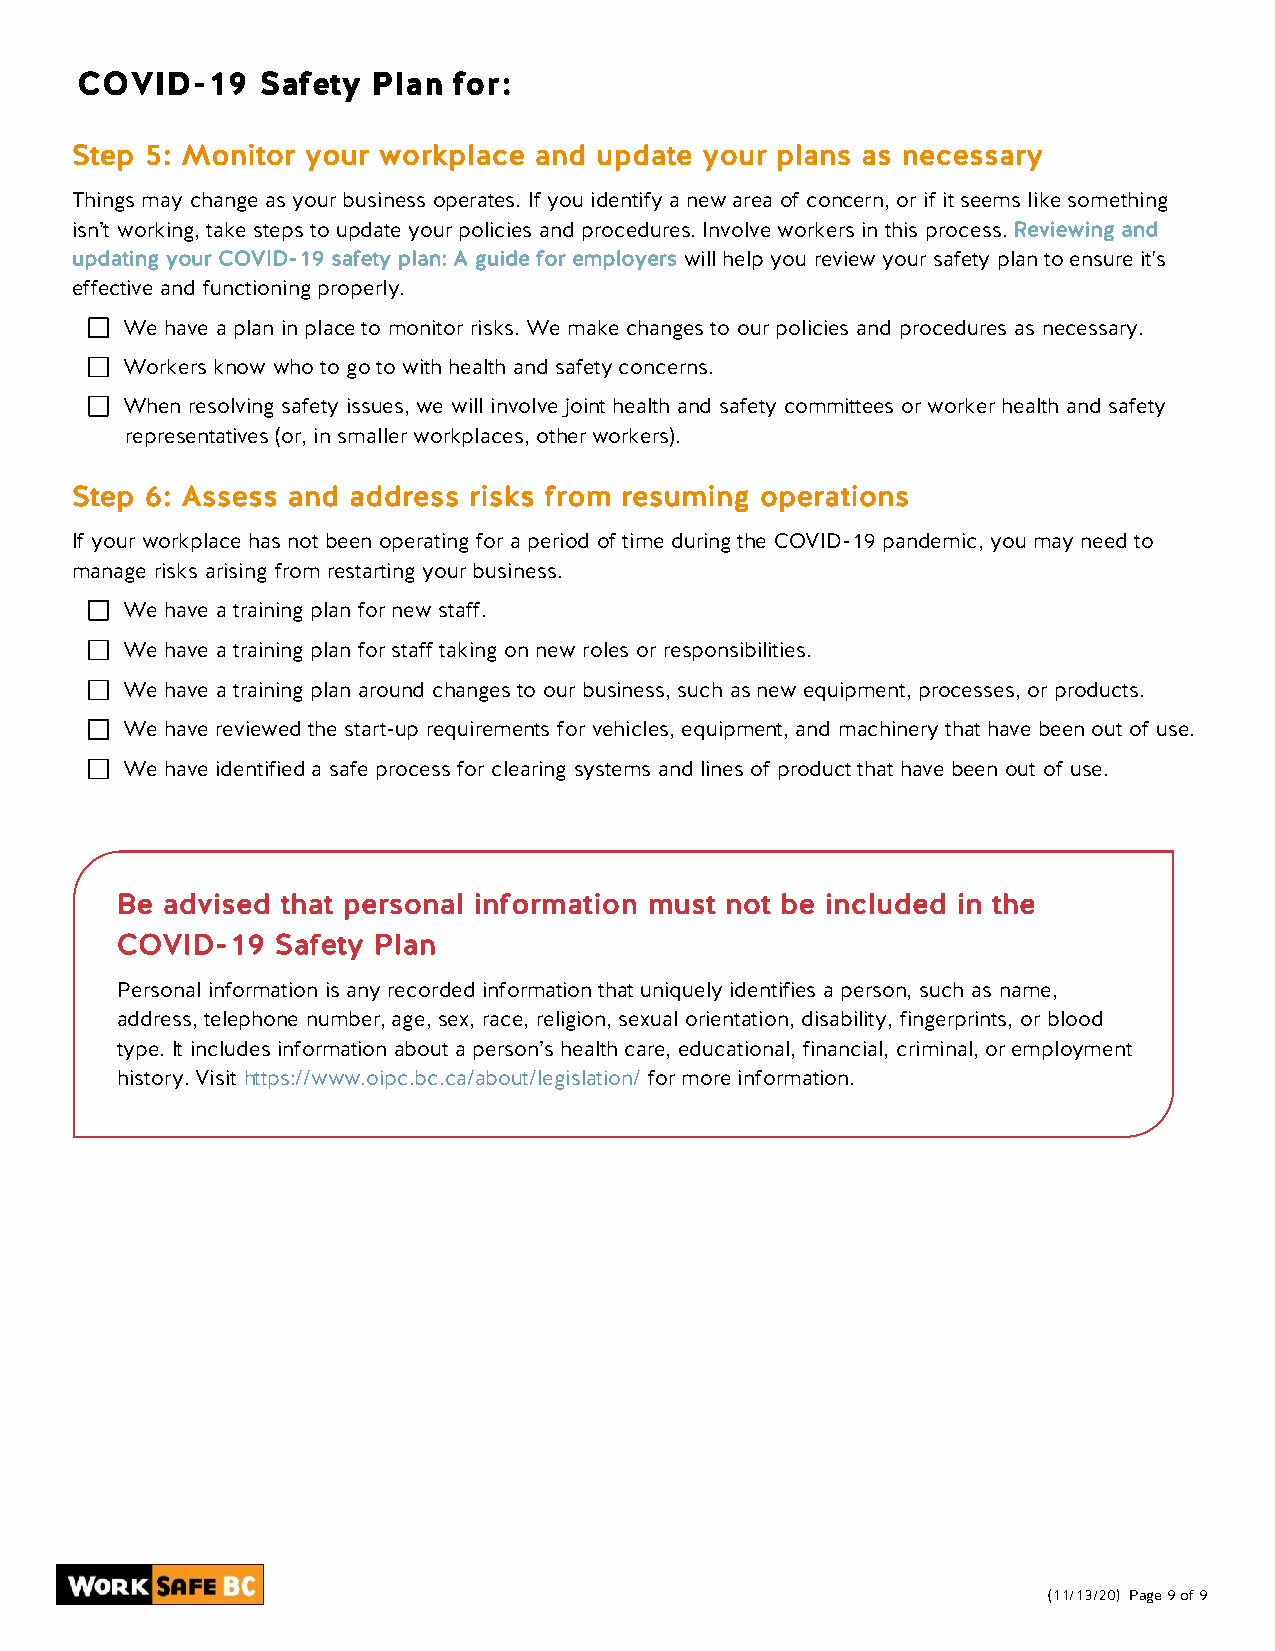
COVID-19    Safety  Plan for:
 Step 5: Monitor your workplace and update your plans as necessary
 Things may change as your business operates. If you identify a new area of concern, or if it seems like something
 isn’t working, take steps to update your policies and procedures. Involve workers in this process. Reviewing and
 updating your COVID-19 safety plan: A guide for employers will help you review your safety plan to ensure it's
 effective and functioning properly.
 We have a plan in place to monitor risks. We make changes to our policies and procedures as necessary.
 Workers know who to go to with health and safety concerns.
 When resolving safety issues, we will involve joint health and safety committees or worker health and safety
 representatives (or, in smaller workplaces, other workers).
 Step 6: Assess and address risks from resuming operations
 If your workplace has not been operating for a period of time during the COVID-19 pandemic, you may need to
 manage risks arising from restarting your business.
 We have a training plan for new staff.
 We have a training plan for staff taking on new roles or responsibilities.
 We have a training plan around changes to our business, such as new equipment, processes, or products.
 We have reviewed the start-up requirements for vehicles, equipment, and machinery that have been out of use.
 We have identified a safe process for clearing systems and lines of product that have been out of use.
 Be advised that personal information must not be included in the
 COVID-19  Safety Plan
 Personal information is any recorded information that uniquely identifies a person, such as name,
 address, telephone number, age, sex, race, religion, sexual orientation, disability, fingerprints, or blood
 type. It includes information about a person’s health care, educational, financial, criminal, or employment
 history. Visit https://www.oipc.bc.ca/about/legislation/ for more information.
 (11/13/20) Page 9 of 9